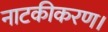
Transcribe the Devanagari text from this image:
नाटकीकरण।